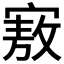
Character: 𪧜